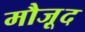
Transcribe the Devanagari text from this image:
मौजू़द